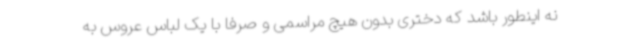
نه اینطور باشد که دختری بدون هیچ مراسمی و صرفاً با یک لباس عروس به